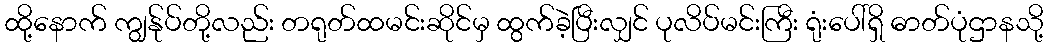
ထို့နောက် ကျွန်ုပ်တို့လည်း တရုတ်ထမင်းဆိုင်မှ ထွက်ခဲ့ပြီးလျှင် ပုလိပ်မင်းကြီး ရုံးပေါ်ရှိ ဓာတ်ပုံဌာနသို့